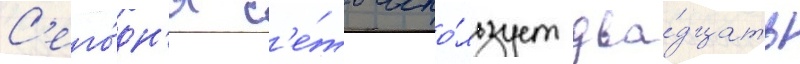
С'его́дн'я с'е́ть испо́льзует два́дцать